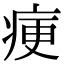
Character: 㾘